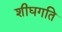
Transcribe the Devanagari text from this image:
शीघगति